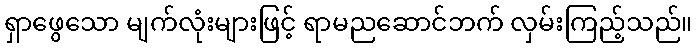
ရှာဖွေသော မျက်လုံးများဖြင့် ရာမညဆောင်ဘက် လှမ်းကြည့်သည်။